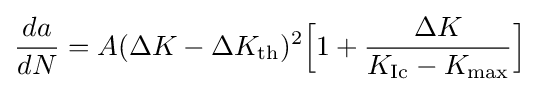
{da \over dN}=A(\Delta K-\Delta K_{\text{th}})^{2}{\Big [}1+{\frac {\Delta K}{K_{\text{Ic}}-K_{\text{max}}}}{\Big ]}